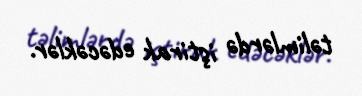
təlimlərdə iştirak edəcəklər.